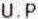
U.P